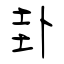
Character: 卦